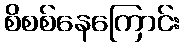
စိစစ်နေကြောင်း